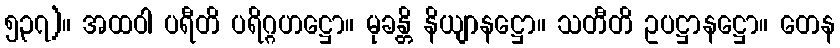
၅၃၇)။ အထဝါ ပရီတိ ပရိဂ္ဂဟဋ္ဌော။ မုခန္တိ နိယျာနဋ္ဌော။ သတီတိ ဥပဋ္ဌာနဋ္ဌော။ တေန